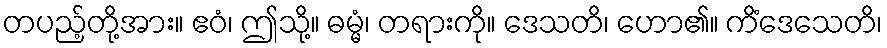
တပည့်တို့အား။ ဧဝံ၊ ဤသို့။ ဓမ္မံ၊ တရားကို။ ဒေသတိ၊ ဟော၏။ ကိံဒေသေတိ၊